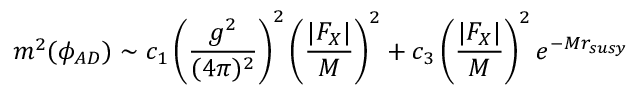
m ^ { 2 } ( \phi _ { A D } ) \sim c _ { 1 } \left( \frac { g ^ { 2 } } { ( 4 \pi ) ^ { 2 } } \right) ^ { 2 } \left( \frac { | F _ { X } | } { M } \right) ^ { 2 } + c _ { 3 } \left( \frac { | F _ { X } | } { M } \right) ^ { 2 } e ^ { - M r _ { s u s y } }